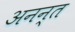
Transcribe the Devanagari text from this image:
अनन्‍त